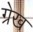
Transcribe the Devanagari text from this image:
ग्रेख